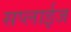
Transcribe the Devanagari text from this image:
सप्लाईज